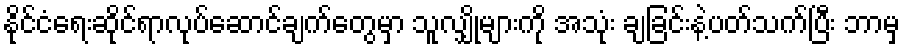
နိုင်ငံရေးဆိုင်ရာလုပ်ဆောင်ချက်တွေမှာ သူလျှိုများကို အသုံး ချခြင်းနဲ့ပတ်သက်ပြီး ဘာမှ